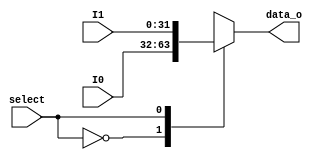
module mux2to1 (
  input select, // entrada que seleciona qual das duas entradas deve passar para a sada
  input [31:0] I0, I1, // valores de entrada
  output [31:0] data_o // valores de sada
);

  
  reg [31:0] data_o_r; // reg para ser utilizado no bloco always

  always @(*) begin
    case (select)
      1'd0: data_o_r = I0; // caso o seletor for 0, I0 deve passar para a sada
      1'd1: data_o_r = I1; // caso o seletor for 1, I1 deve passar para a sada
    endcase
  end
  
  assign data_o = data_o_r;

endmodule